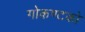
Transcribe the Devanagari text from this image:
गोकण्टको